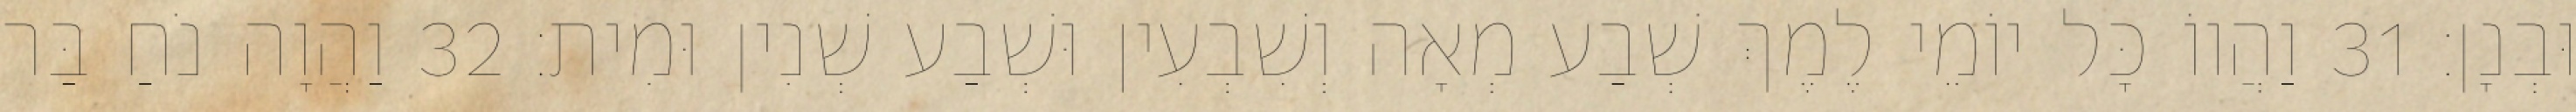
וּבְנָן׃ 31 וַהֲווֹ כָּל יוֹמֵי לֶמֶךְ שְׁבַע מְאָה וְשִׁבְעִין וּשְׁבַע שְׁנִין וּמִית׃ 32 וַהֲוָה נֹחַ בַּר